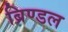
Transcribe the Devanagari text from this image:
ब्रिण्डल